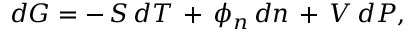
d G = - \, S \, d T \, + \, \phi _ { n } \, d n \, + \, V \, d P ,